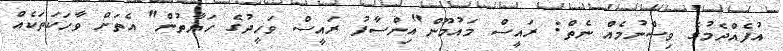
އުފެއްދެމުގެ ވިސްނުމެއް ނެތް: ރައީސް މައުމޫން"އިންސާފު ރައީސް ވަހީދުގެ ހަޔާތުން" އެތަށް ވާހަކަތަކެއް